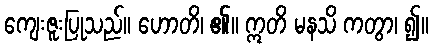
ကျေးဇူးပြုသည်။ ဟောတိ၊ ၏။ ဣတိ မနသိ ကတွာ၊ ၍။